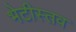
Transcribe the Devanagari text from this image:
भेटीस्तव